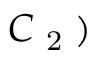
C \textsubscript { 2 } )